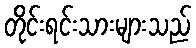
တိုင်းရင်းသားများသည်